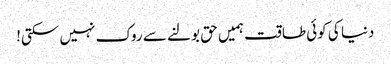
دنیا کی کوئی طاقت ہمیں حق بولنے سے روک نہیں سکتی!